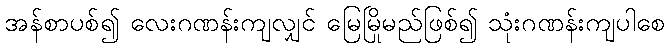
အန်စာပစ်၍ လေးဂဏန်းကျလျှင် မြေမြိုမည်ဖြစ်၍ သုံးဂဏန်းကျပါစေ